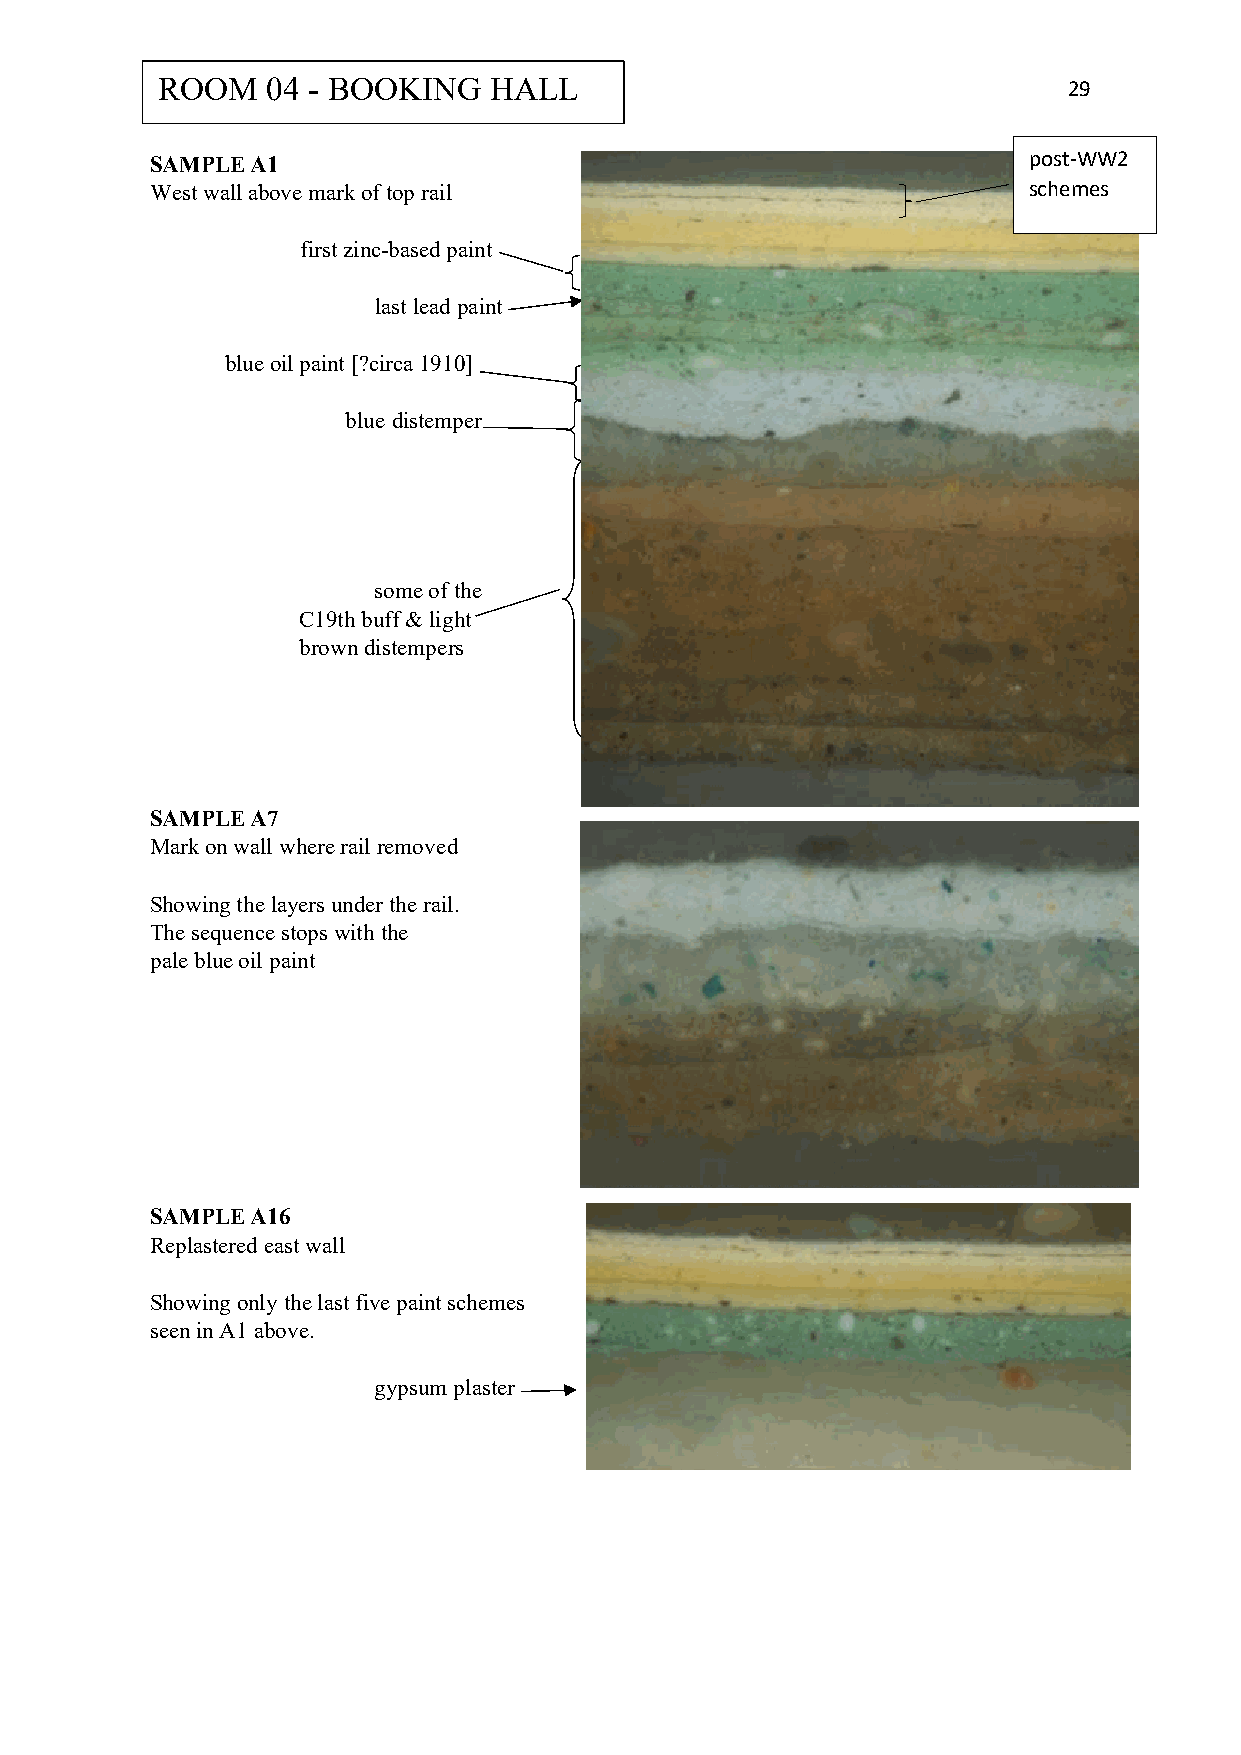
ROOM    04 - BOOKING  HALL                                   29
 SAMPLE A1                                                 post-WW2
 West wall above mark of top rail                          schemes
 first zinc-based paint
 last lead paint
 blue oil paint [?circa 1910]
 blue distemper
 some of the
 C19th buff & light
 brown distempers
 SAMPLE A7
 Mark on wall where rail removed
 Showing the layers under the rail.
 The sequence stops with the
 pale blue oil paint
 SAMPLE A16
 Replastered east wall
 Showing only the last five paint schemes
 seen in A1 above.
 gypsum plaster